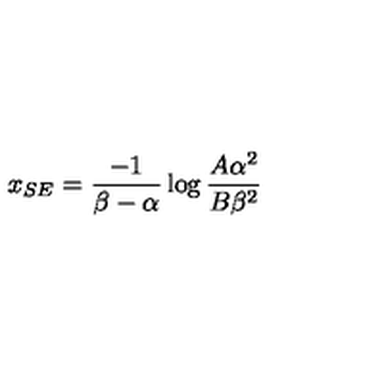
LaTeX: { x _ { S E } = { \frac { - 1 } { \beta - \alpha } } \log { \frac { A { \alpha } ^ { 2 } } { B { \beta } ^ { 2 } } } }